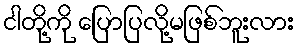
ငါတို့ကို ပြောပြလို့မဖြစ်ဘူးလား